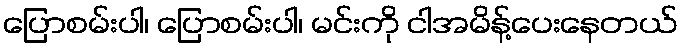
ပြောစမ်းပါ၊ ပြောစမ်းပါ၊ မင်းကို ငါအမိန့်ပေးနေတယ်